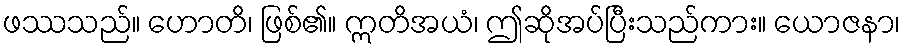
ဖဿသည်။ ဟောတိ၊ ဖြစ်၏။ ဣတိအယံ၊ ဤဆိုအပ်ပြီးသည်ကား။ ယောဇနာ၊